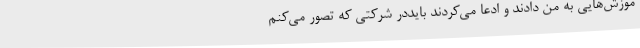
موزش‌هایی به من دادند و ادعا می‌کردند بایددر شرکتی که تصور می‌کنم